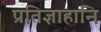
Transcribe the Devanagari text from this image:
प्रतिज्ञाहानि